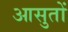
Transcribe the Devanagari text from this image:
आसुतों